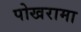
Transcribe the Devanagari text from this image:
पोखरामा